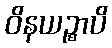
ဝိနယဉ္စာပိ